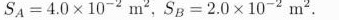
$$S _ { A } = 4 . 0 \times 1 0 - 2 m _ { 2 }$$，$$S _ { B } = 2 . 0 \times 1 0 ^ { - 2 } m